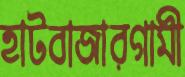
হাটবাজারগামী